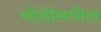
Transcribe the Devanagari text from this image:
नोंदींमधील